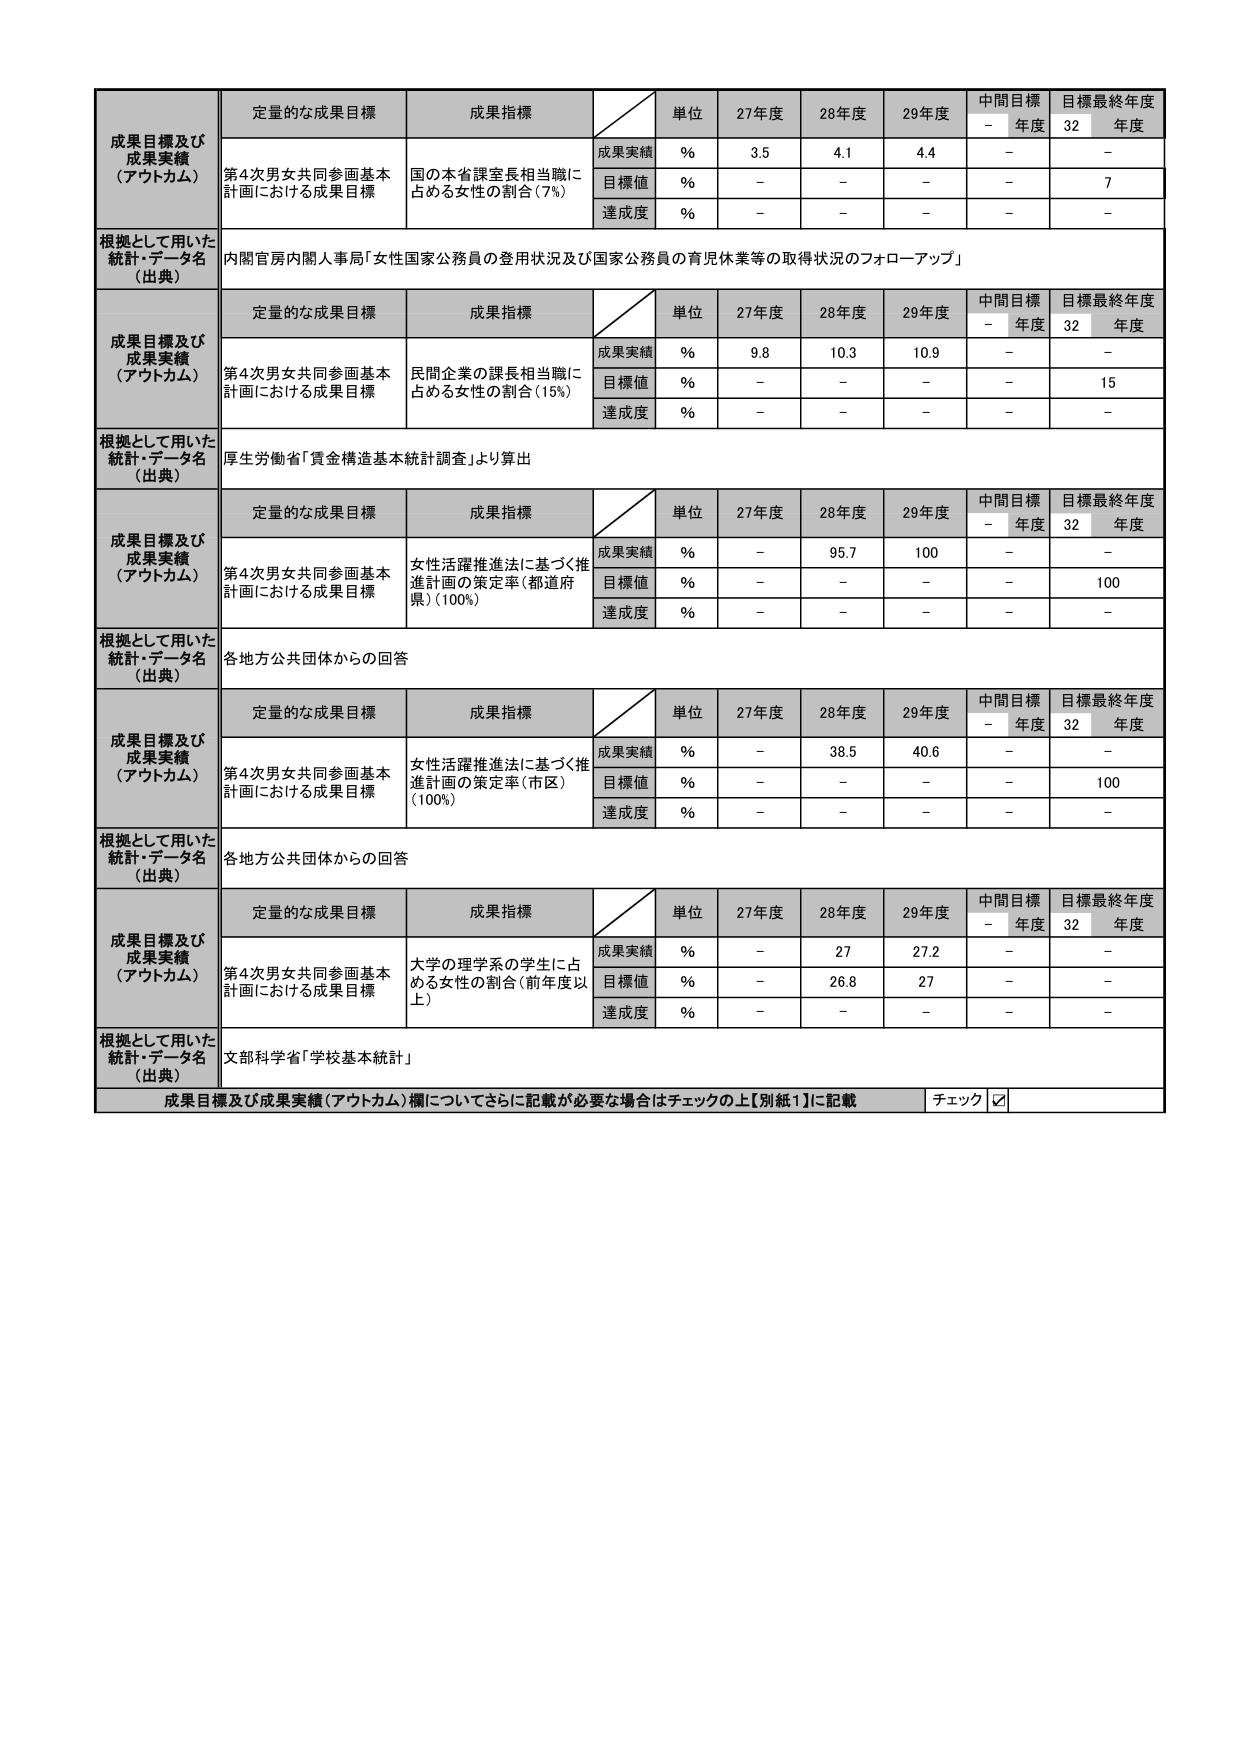
成果目標及び
成果実績
（アウトカム）
定量的な成果目標
成果指標
単位
27年度
28年度
29年度
中間目標
－
年度
目標最終年度
32
年度
第4次男女共同参画基本
計画における成果目標
国の本省課室長相当職に
占める女性の割合（7%）
成果実績
%
3.5
4.1
4.4
－
－
目標値
%
－
－
－
－
7
達成度
%
－
－
－
－
－
根拠として用いた
統計・データ名
（出典）
内閣官房内閣人事局「女性国家公務員の登用状況及び国家公務員の育児休業等の取得状況のフォローアップ」

成果目標及び
成果実績
（アウトカム）
定量的な成果目標
成果指標
単位
27年度
28年度
29年度
中間目標
－
年度
目標最終年度
32
年度
第4次男女共同参画基本
計画における成果目標
民間企業の課長相当職に
占める女性の割合（15%）
成果実績
%
9.8
10.3
10.9
－
－
目標値
%
－
－
－
－
15
達成度
%
－
－
－
－
－
根拠として用いた
統計・データ名
（出典）
厚生労働省「賃金構造基本統計調査」より算出

成果目標及び
成果実績
（アウトカム）
定量的な成果目標
成果指標
単位
27年度
28年度
29年度
中間目標
－
年度
目標最終年度
32
年度
第4次男女共同参画基本
計画における成果目標
女性活躍推進法に基づく推
進計画の策定率（都道府
県）（100%）
成果実績
%
－
95.7
100
－
－
目標値
%
－
－
－
－
100
達成度
%
－
－
－
－
－
根拠として用いた
統計・データ名
（出典）
各地方公共団体からの回答

成果目標及び
成果実績
（アウトカム）
定量的な成果目標
成果指標
単位
27年度
28年度
29年度
中間目標
－
年度
目標最終年度
32
年度
第4次男女共同参画基本
計画における成果目標
女性活躍推進法に基づく推
進計画の策定率（市区）
（100%）
成果実績
%
－
38.5
40.6
－
－
目標値
%
－
－
－
－
100
達成度
%
－
－
－
－
－
根拠として用いた
統計・データ名
（出典）
各地方公共団体からの回答

成果目標及び
成果実績
（アウトカム）
定量的な成果目標
成果指標
単位
27年度
28年度
29年度
中間目標
－
年度
目標最終年度
32
年度
第4次男女共同参画基本
計画における成果目標
大学の理学系の学生に占
める女性の割合（前年度以
上）
成果実績
%
－
27
27.2
－
－
目標値
%
－
26.8
27
－
－
達成度
%
－
－
－
－
－
根拠として用いた
統計・データ名
（出典）
文部科学省「学校基本統計」

成果目標及び成果実績（アウトカム）欄についてさらに記載が必要な場合はチェックの上【別紙1】に記載
チェック ☑